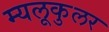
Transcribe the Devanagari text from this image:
म्यलूकुलर